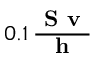
\boldsymbol { 0 . 1 \, \frac { \textbf { S v } } { \textbf { h } } }